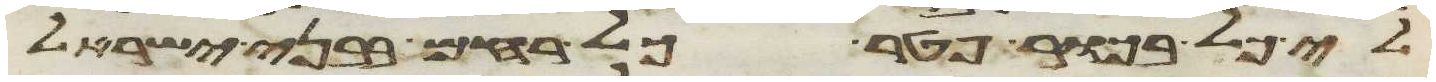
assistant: לי כל בכור פטר כל רחם בבני ישראל